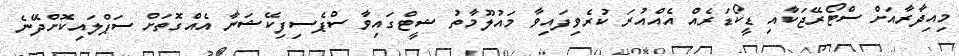
މިއިދާރާއަށް ސްޓޯރޭޖަކާއި ޑީކޯޑަރެއް އެއްއުރަ ކުރެވިފައިވާ މައުލޫމާތު ޝީޓްގައިވާ ސްޕެސިފިކޭޝަނާ އެއްގޮތަށް ސަޕްލައިކޮށްދޭނެ